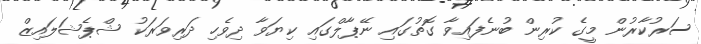
ސަރުކާރުން މީގެ ކުރިން ބުނެފައިވާ ގޮތުގައި ނޭޕާލްގައި ކިޔަވާ ދިވެހި ދަރިވަރަކު ޝްޕެޝަލައިޒް